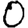
Digit: 0